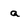
Character: a